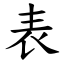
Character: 表